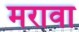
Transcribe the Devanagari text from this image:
मरावा